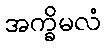
အက္ခိမလံ